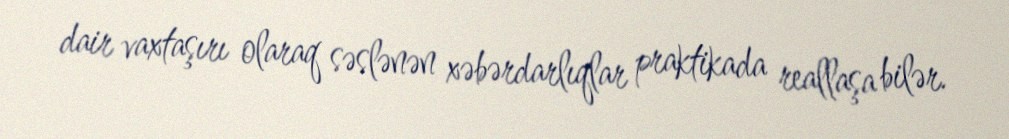
dair vaxtaşırı olaraq səslənən xəbərdarlıqlar praktikada reallaşa bilər.